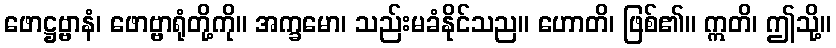
ဖောဋ္ဌဗ္ဗာနံ၊ ဖောဗ္ဗာရုံတို့ကို။ အက္ခမော၊ သည်းမခံနိုင်သည။ ဟောတိ၊ ဖြစ်၏။ ဣတိ၊ ဤသို့။